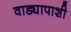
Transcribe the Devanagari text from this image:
वाड्यापाशी